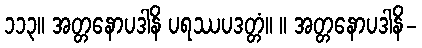
၁၁၃။ အတ္တနောပဒါနိ ပရဿပဒတ္တံ။ ။ အတ္တနောပဒါနိ-